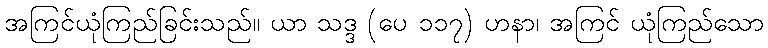
အကြင်ယုံကြည်ခြင်းသည်။ ယာ သဒ္ဒ (ပေ ၁၁၇) ဟနာ၊ အကြင် ယုံကြည်သော